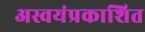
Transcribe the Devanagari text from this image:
अस्वयंप्रकाशित